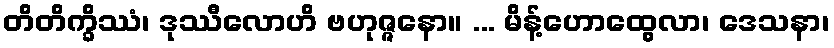
တိတိက္ခိဿံ၊ ဒုဿီလောဟိ ဗဟုဇ္ဇနော။ ... မိန့်ဟောထွေလာ၊ ဒေသနာ၊